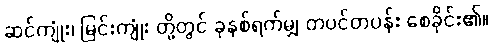
ဆင်ကျုံး၊ မြင်းကျုံး တို့တွင် ခုနစ်ရက်မျှ တပင်တပန်း စေခိုင်း၏။